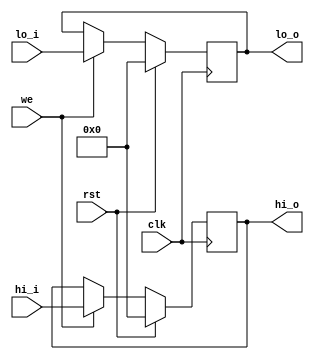
module hilo_reg(

	input wire clk,
	input wire rst,
	
	//д˿
	input wire we,//HILOĴдʹź
	input wire[31:0] hi_i,//дHIֵ
	input wire[31:0] lo_i,//дLOֵ
	
	//˿1
	output reg[31:0] hi_o,//HIĴֵ
	output reg[31:0] lo_o//LOĴֵ
	
);

	always @ (posedge clk) begin
		if (rst == 1'b1) begin
					hi_o <= 32'h00000000;
					lo_o <= 32'h00000000;
		end else if((we == 1'b1)) begin
					hi_o <= hi_i;
					lo_o <= lo_i;
		end
	end

endmodule